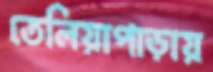
তেলিয়াপাড়ায়